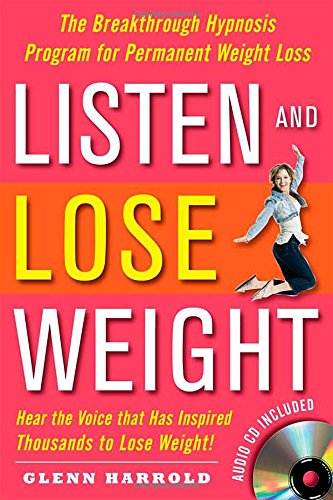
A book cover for Listen and Lose Weight: The Breakthrough Hypnosis Program for Permanent Weight Loss; Glenn Harrold; Health, Fitness & Dieting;